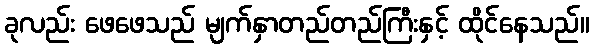
ခုလည်း ဖေဖေသည် မျက်နှာတည်တည်ကြီးနှင့် ထိုင်နေသည်။